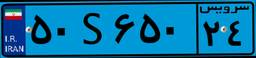
۵۰S۶۵۰۲۴